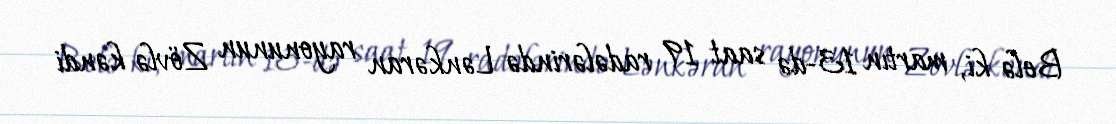
Belə ki, martın 13-də saat 19 radələrində Lənkəran rayonunun Zövlə kəndi